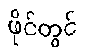
ဖိုင်တွင်